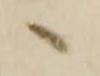
へ